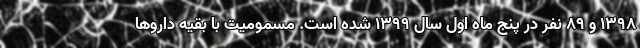
1398 و 89 نفر در پنج ماه اول سال 1399 شده است. مسمومیت با بقیه داروها